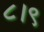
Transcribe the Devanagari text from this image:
८।९